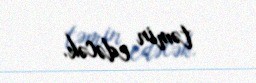
təmin edəcək.